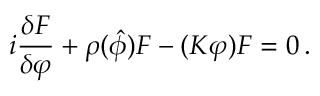
i \frac { \delta { \cal F } } { \delta \varphi } + \rho ( { \hat { \phi } } ) { \cal F } - ( K \varphi ) { \cal F } = 0 \, .